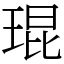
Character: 琨